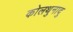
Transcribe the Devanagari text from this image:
कोलथुनादु